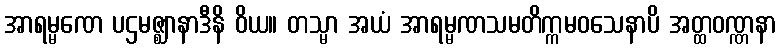
အာရမ္မဏေ ပဌမဇ္ဈာနာဒီနိ ဝိယ။ တသ္မာ အယံ အာရမ္မဏသမတိက္ကမဝသေနာပိ အတ္ထဝဏ္ဏနာ